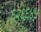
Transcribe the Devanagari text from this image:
६२६६४५